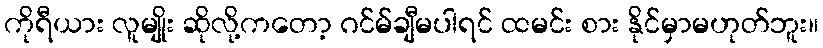
ကိုရီယား လူမျိုး ဆိုလို့ကတော့ ဂင်မ်ချီမပါရင် ထမင်း စား နိုင်မှာမဟုတ်ဘူး။